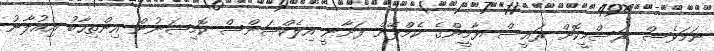
ނަމަވެސް ރަސްމީކޮށް ރައީސް ޔާމީންގެ ކެމްޕޭން ފަށާނީ އިލެކްޝަންސް ކޮމިޝަނުން އިންތިހާބު އިއުލާނު